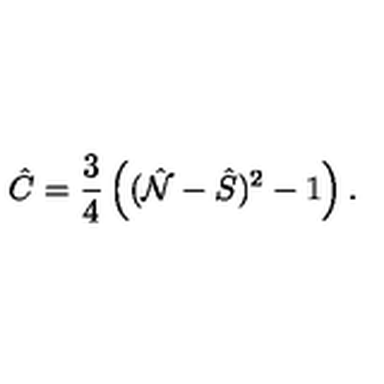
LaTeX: \hat { C } = \frac { 3 } { 4 } \left( ( \hat { \cal N } - \hat { S } ) ^ { 2 } - 1 \right) .